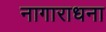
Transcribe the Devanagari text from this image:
नागाराधना